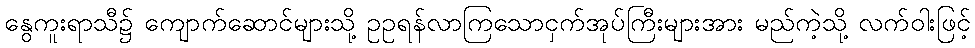
နွေကူးရာသီ၌ ကျောက်ဆောင်များသို့ ဥဥရန်လာကြသောငှက်အုပ်ကြီးများအား မည်ကဲ့သို့ လက်ဝါးဖြင့်